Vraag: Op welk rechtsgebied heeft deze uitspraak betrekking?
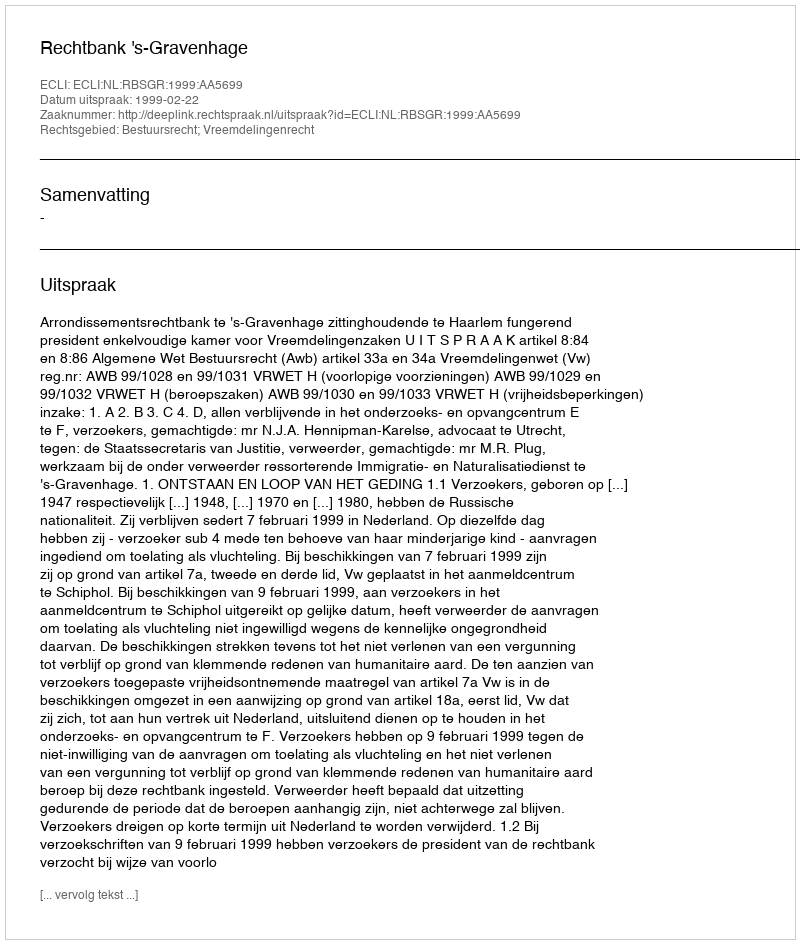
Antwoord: Bestuursrecht; Vreemdelingenrecht